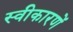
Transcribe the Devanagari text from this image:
स्वीकारणें